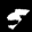
Label: 5